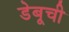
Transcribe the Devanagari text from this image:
डेबूची